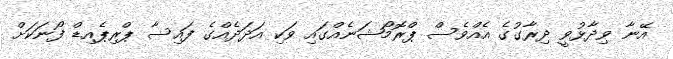
އޭނާ ވިދާޅުވީ ދިރާގުގެ އެއްވެސް ޕްރޮމޯޝަނެއްގައި ވަކި އަދަދެއްގެ ފައިސާ ޕްރިޕެއިޑް ފޯނަކަށް